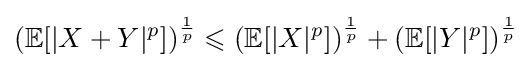
\left(\mathbb {E} [|X+Y|^{p}]\right)^{\frac {1}{p}}\leqslant \left(\mathbb {E} [|X|^{p}]\right)^{\frac {1}{p}}+\left(\mathbb {E} [|Y|^{p}]\right)^{\frac {1}{p}}